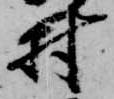
村